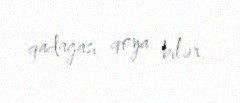
qadağası qoya bilər.